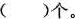
( )个。